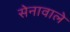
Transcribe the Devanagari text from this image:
सेनावाले